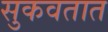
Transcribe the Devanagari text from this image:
सुकवतात